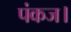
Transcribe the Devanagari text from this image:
पंकज।